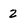
Character: 2